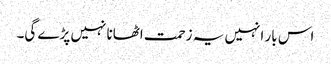
اس بار انہیں یہ زحمت اٹھانا نہیں پڑے گی۔